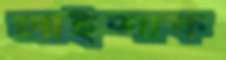
লাইশাক